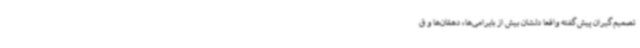
تصمیم‌گیران پیش‌گفته واقعاً دلشان بیش از بایرامی‌ها، دهقان‌ها و ق